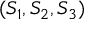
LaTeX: ( S _ { 1 } , S _ { 2 } , S _ { 3 } )